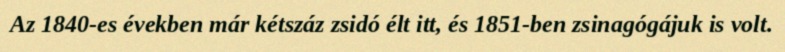
Az 1840-es években már kétszáz zsidó élt itt, és 1851-ben zsinagógájuk is volt.